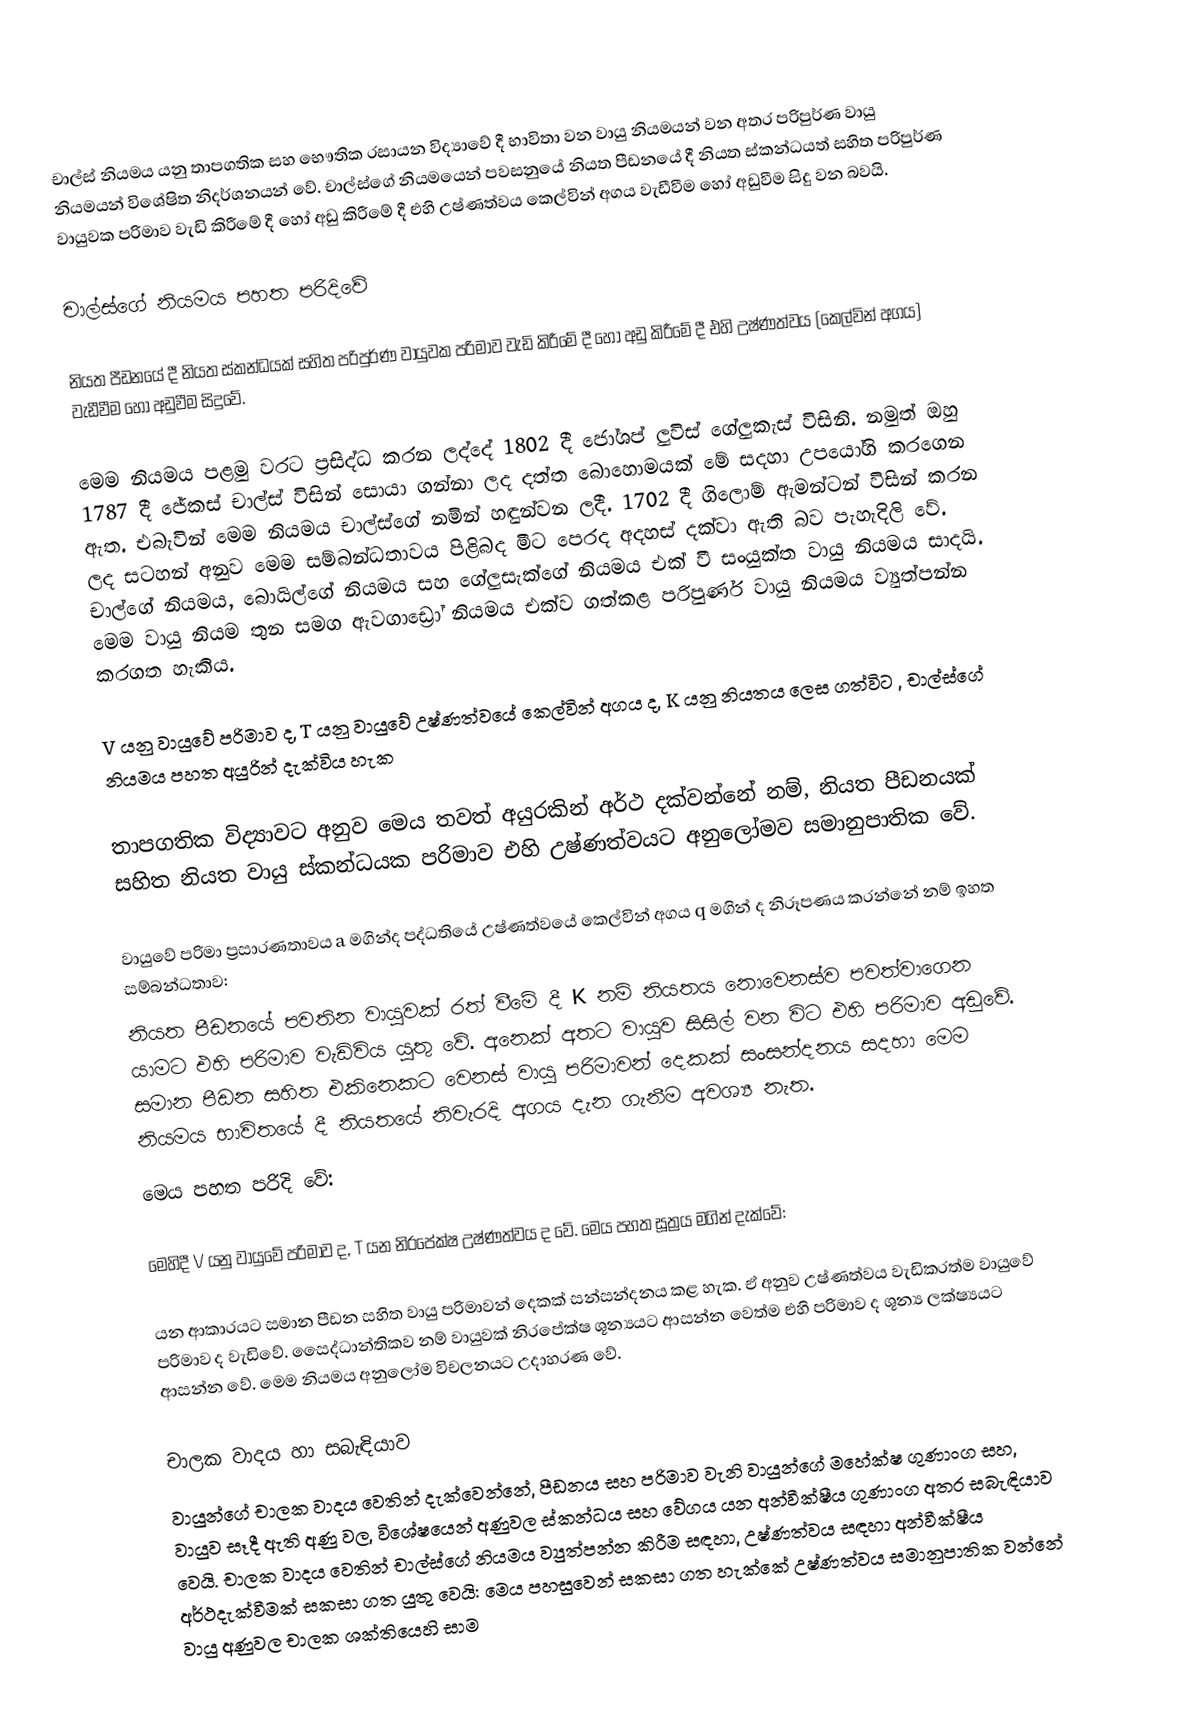
චාල්‍ස් නියමය යනු තාපගතික සහ භෞතික රසායන විද්‍යාවේ දී භාවිතා වන වායු නියමයන් වන අතර පරිපුර්ණ වායු නියමයන් විශේෂිත නිදර්ශනයන් වේ. චාල්ස්ගේ නියමයෙන් පවසනුයේ  නියත පීඩනයේ දී නියත ස්කන්ධයත් සහිත පරිපුර්ණ වායුවක පරිමාව වැඩි කිරීමේ දී හෝ අඩු කිරීමේ දී එහි උෂ්ණත්වය කෙල්වින් අගය වැඩීවීම හෝ අඩුවීම සිදු වන බවයි.

චාල්ස්ගේ නියමය පහත පරිදිවේ

නියත පීඩනයේ දී නියත ස්කන්ධයක් සහිත පරිපුර්ණ වායුවක පරිමාව වැඩි කිරීමේ දී හෝ අඩු කිරීමේ දී එහි උෂ්ණත්වය (කෙල්වින් අගය) වැඩීවීම හෝ අඩුවීම සිදුවේ.

මෙම නියමය පළමු වරට ප්‍රසිද්ධ කරන ලද්දේ 1802 දී ජෝශප් ලුවිස් ගේලුකැස් විසිනි. නමුත් ඔහු 1787 දී ජේකස් චාල්ස් විසින් සොයා ගන්නා ලද දත්ත බොහොමයක් මේ සදහා උපයෝගි කරගෙන ඇත. එබැවින් මෙම නියමය චාල්ස්ගේ නමින් හඳුන්වන ලදී. 1702 දී ගිලොම් ඇමන්ටන් විසින් කරන ලද සටහන් අනුව මෙම සම්බන්ධතාවය පිළිබද මීට පෙරද අදහස් දක්වා ඇති බව පැහැදිලි වේ. චාල්ගේ නියමය, බොයිල්ගේ නියමය සහ ගේලුසැක්ගේ නියමය එක් වී සංයුක්ත වායු නියමය සාදයි. මෙම වායු නියම තුන සමග ඇවගාඩ්‍රෝ නියමය එක්ව ගත්කළ පරිපුර්ණ වායු නියමය ව්‍යුත්පන්න කරගත හැකිය.

V යනු වායුවේ පරිමාව ද, T යනු වායුවේ උෂ්ණත්වයේ කෙල්වින් අගය ද, K යනු නියතය ලෙස ගත්විට  , චාල්ස්ගේ නියමය පහත අයුරින් දැක්විය හැක

තාපගතික විද්‍යාවට අනුව මෙය තවත් අයුරකින් අර්ථ දක්වන්නේ නම්, නියත පීඩනයක් සහිත නියත වායු ස්කන්ධයක පරිමාව එහි උෂ්ණත්වයට අනුලෝමව සමානුපාතික වේ.

වායුවේ පරිමා ප්‍රසාරණතාවය a මගින්ද පද්ධතියේ උෂ්ණත්වයේ කෙල්වින් අගය  q මගින් ද නිරූපණය කරන්නේ නම් ඉහත සම්බන්ධතාව:
නියත පීඩනයේ පවතින වායුවක් රත් වීමේ දී  K නම් නියතය නොවෙනස්ව පවත්වාගෙන යාමට එහි පරිමාව වැඩිවිය යුතු වේ. අනෙක් අතට වායුව සිසිල් වන විට එහි පරිමාව අඩුවේ. සමාන පීඩන සහිත එකිනෙකට වෙනස් වායු පරිමාවන් දෙකක් සංසන්දනය සදහා මෙම නියමය භාවිතයේ දී නියතයේ නිවැරදි අගය දැන ගැනීම අවශ්‍ය නැත.
මෙය පහත පරිදි වේ:

මෙහිදී V යනු වායුවේ පරිමාව ද, T යන නිරපේක්ෂ උෂ්ණත්වය ද වේ. මෙය පහත සූත්‍රය මගින් දැක්වේ:

යන ආකාරයට සමාන පීඩන සහිත වායු පරිමාවන් දෙකක් සන්සන්දනය කළ හැක. ඒ අනුව උෂ්ණත්වය වැඩිකරත්ම වායුවේ පරිමාව ද වැඩිවේ. සෛද්ධාන්තිකව නම් වායුවක් නිරපේක්ෂ ශූන්‍යයට ආසන්න වෙත්ම එහි පරිමාව ද ශූන්‍ය ලක්ෂ්‍යයට ආසන්න වේ. මෙම නියමය අනුලෝම විචලනයට උදාහරණ වේ.

චාලක වාදය හා සබැඳියාව
වායුන්ගේ චාලක වාදය වෙතින් දැක්වෙන්නේ, පීඩනය සහ පරිමාව වැනි වායුන්ගේ   මහේක්ෂ ගුණාංග සහ,   වායුව සෑදී ඇති අණු වල, විශේෂයෙන් අණුවල ස්කන්ධය සහ වේගය යන අන්වීක්ෂීය ගුණාංග අතර සබැඳියාව වෙයි. චාලක වාදය වෙතින් චාල්ස්ගේ නියමය ව්‍යුත්පන්න කිරීම සඳහා, උෂ්ණත්වය සඳහා අන්වීක්ෂීය අර්ථදැක්වීමක් සකසා ගත යුතු වෙයි: මෙය පහසුවෙන් සකසා ගත හැක්කේ උෂ්ණත්වය සමානුපාතික වන්නේ වායු අණුවල චාලක ශක්තියෙහි සාම